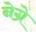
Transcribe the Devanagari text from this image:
नेग्रे